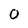
Character: 0